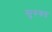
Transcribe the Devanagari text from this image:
सुरुवत